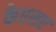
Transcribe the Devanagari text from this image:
केएसए